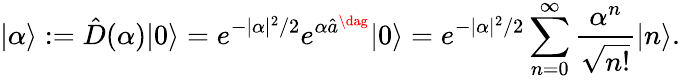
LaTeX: |\alpha\rangle:=\hat{D}(\alpha)|0\rangle=e^{-|\alpha|^{2}/2}e^{\alpha\hat{a}^{\dag}}|0\rangle=e^{-|\alpha|^{2}/2}\sum_{n=0}^{\infty}\frac{\alpha^{n}}{\sqrt{n!}}|n\rangle.